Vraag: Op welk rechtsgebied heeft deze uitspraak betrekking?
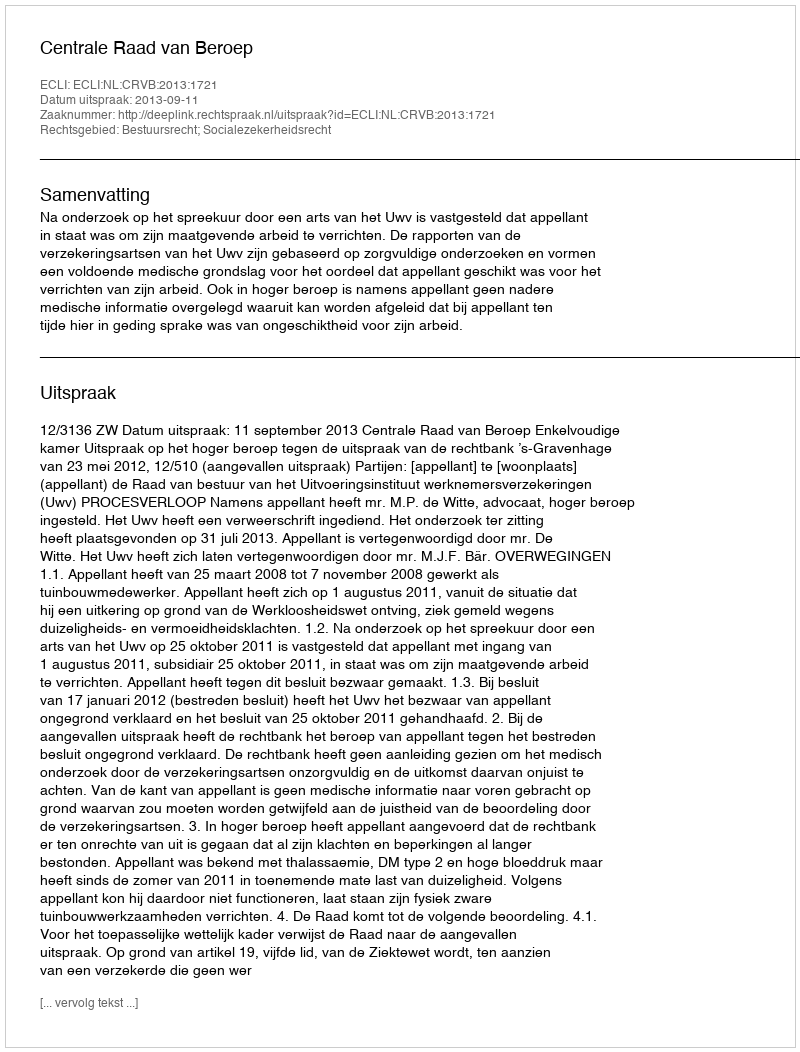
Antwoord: Bestuursrecht; Socialezekerheidsrecht